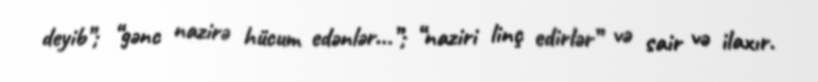
deyib”; “gənc nazirə hücum edənlər...”; “naziri linç edirlər” və sair və ilaxır.